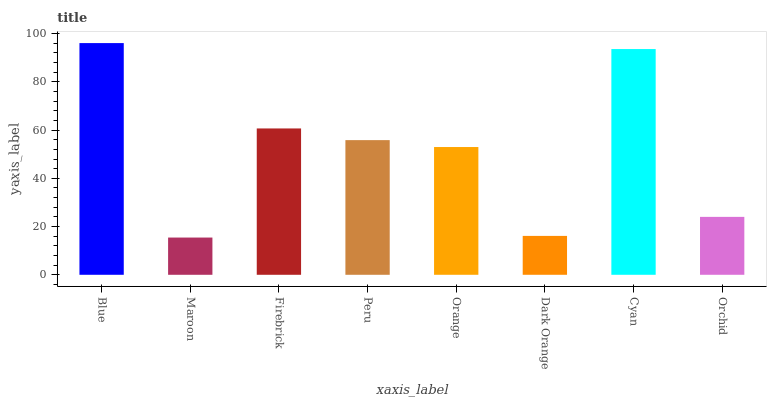
| xaxis_label | bars |
 | --- | --- |
 | Blue | 96.1 |
 | Maroon | 15.4 |
 | Firebrick | 60.7 |
 | Peru | 55.8 |
 | Orange | 53 |
 | Dark Orange | 16.1 |
 | Cyan | 93.6 |
 | Orchid | 24 |